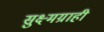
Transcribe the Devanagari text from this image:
सुक्ष्मग्राही